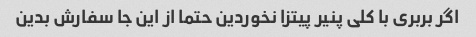
اگر بربری با کلی پنیر پیتزا نخوردین حتما از این جا سفارش بدین